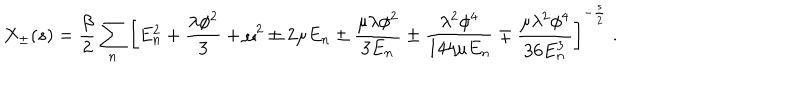
LaTeX: X _ { \pm } ( s ) = \frac { \beta } { 2 } \sum _ { n } \left[ E _ { n } ^ { 2 } + \frac { \lambda \phi ^ { 2 } } { 3 } + \mu ^ { 2 } \pm 2 \mu E _ { n } \pm \frac { \mu \lambda \phi ^ { 2 } } { 3 E _ { n } } \pm \frac { \lambda ^ { 2 } \phi ^ { 4 } } { 1 4 4 \mu E _ { n } } \mp \frac { \mu \lambda ^ { 2 } \phi ^ { 4 } } { 3 6 E _ { n } ^ { 3 } } \right] ^ { - \frac { s } { 2 } } \; .